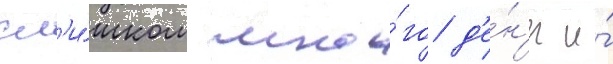
сл'и́шком мно́го д'е́н'ег и́